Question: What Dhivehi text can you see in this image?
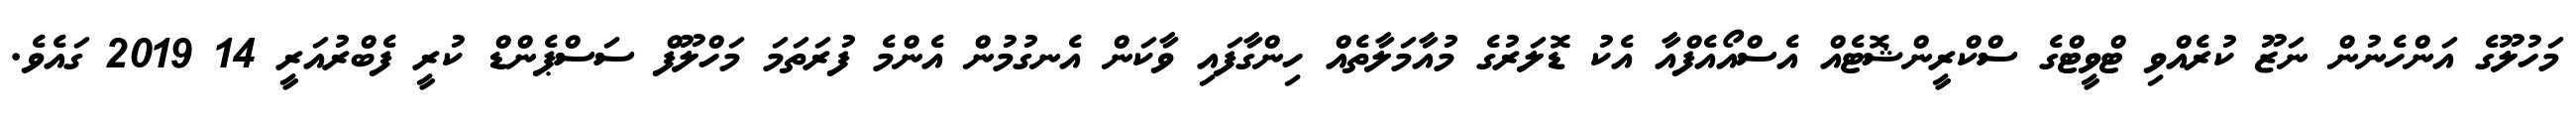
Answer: މަހުލޫގެ އަންހެނުން ނަޒޫ ކުރެއްވި ޓްވީޓްގެ ސްކްރީންޝޮޓެއް އެސްއޯއެފްއާ އެކު ޑޮލަރުގެ މުއާމަލާތެއް ހިންގާފައި ވާކަން އެނގުމުން އެންމެ ފުރަތަމަ މަހްލޫފް ސަސްޕެންޑް ކުރީ ފެބްރުއަރީ 14 2019 ގައެވެ.